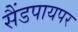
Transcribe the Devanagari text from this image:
सैंडपायपर